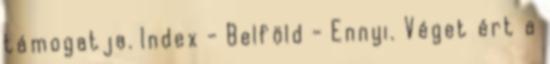
támogatja. Index - Belföld - Ennyi. Véget ért a